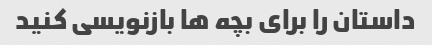
داستان را برای بچه ها بازنویسی کنید